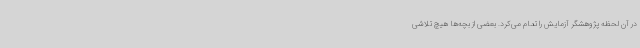
در آن لحظه پژوهشگر آزمایش را تمام می‌کرد. بعضی از بچه‌ها هیچ تلاشی